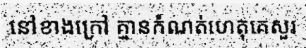
នៅខាងក្រៅ គ្មានកំណត់ហេតុគេសួរ